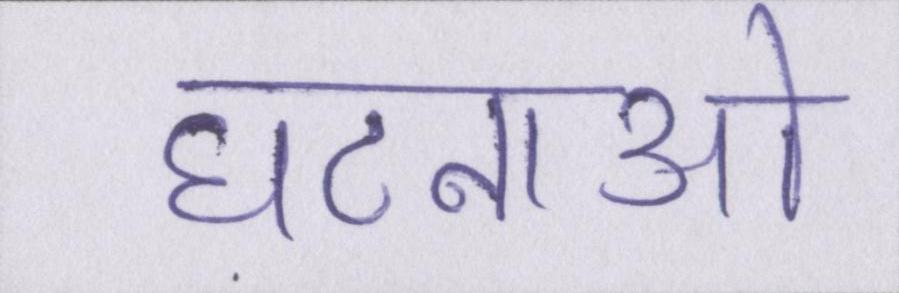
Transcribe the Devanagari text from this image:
घटनाओ